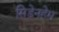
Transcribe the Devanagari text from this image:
सिडेनहेम